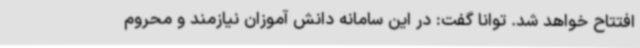
افتتاح خواهد شد. توانا گفت: در این سامانه دانش آموزان نیازمند و محروم